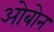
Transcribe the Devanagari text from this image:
ओबोन